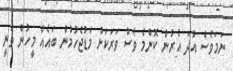
ނަމަވެސް އުދަ އެރުން ކޮންމެ ވެސް ވަރަކަށް މަޑުޖެހުމުން ބައެއް މީހުން ވަނީ